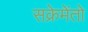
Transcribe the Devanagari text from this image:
सक्रेमेंतो